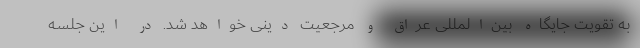
به تقویت جایگاه بین‌المللی عراق و مرجعیت دینی خواهد شد. در این جلسه